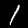
Digit: 1